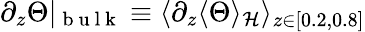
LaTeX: \partial_{z}\Theta\vert_{\mathrm{~b~u~l~k~}}\equiv\langle\partial_{z}\langle\Theta\rangle_{\mathcal{H}}\rangle_{z\in[0.2,0.8]}